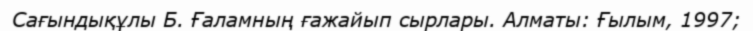
Сағындықұлы Б. Ғаламның ғажайып сырлары. Алматы: Ғылым, 1997;